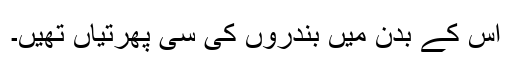
اس کے بدن میں بندروں کی سی پھرتیاں تھیں۔